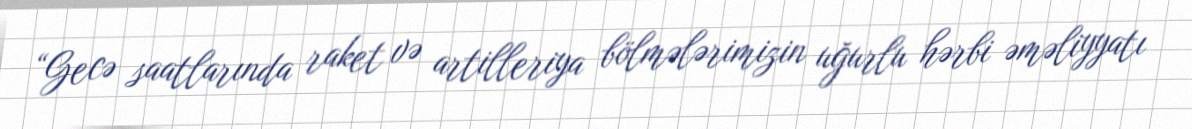
“Gecə saatlarında raket və artilleriya bölmələrimizin uğurlu hərbi əməliyyatı